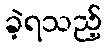
ခဲ့ရသည့်